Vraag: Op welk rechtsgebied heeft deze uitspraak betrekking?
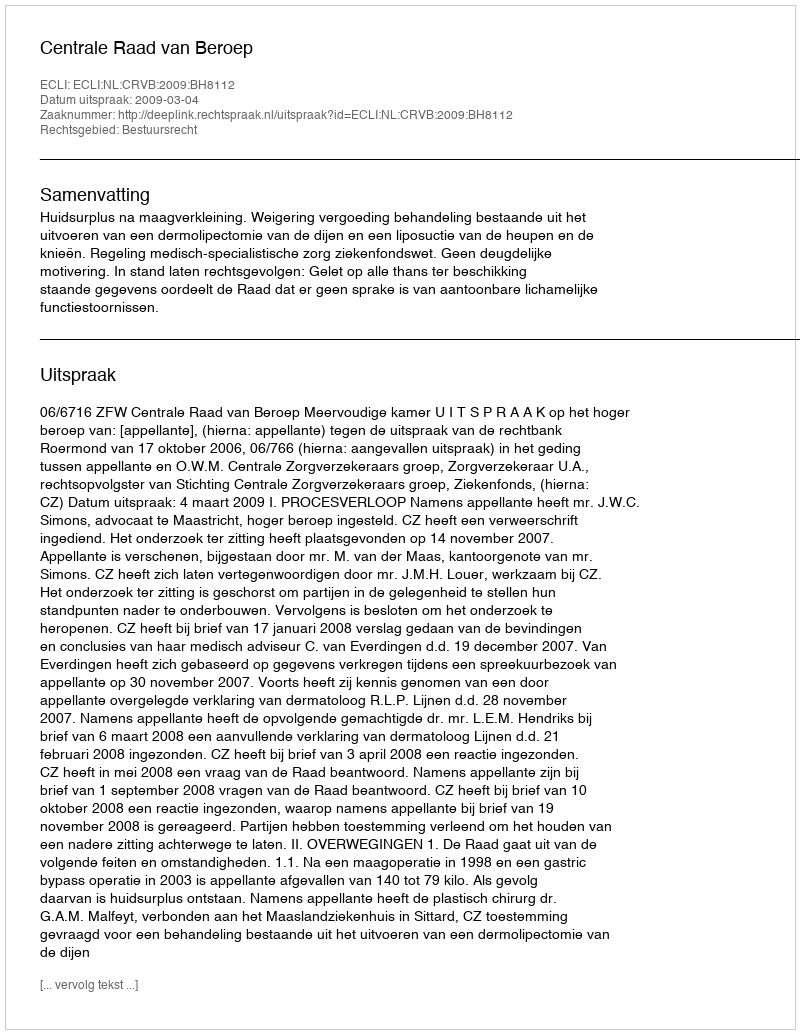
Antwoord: Bestuursrecht